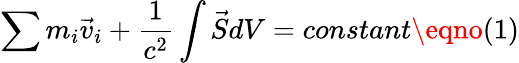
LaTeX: \sum m_{i}{\vec{v}}_{i}+\frac{1}{c^{2}}\int\vec{S}dV=constant\eqno(1)